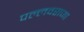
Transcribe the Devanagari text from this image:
पल्लवराजा